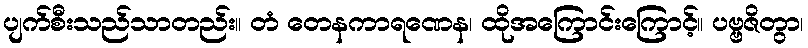
ပျက်စီးသည်သာတည်း။ တံ တေနကာရဏေန၊ ထိုအကြောင်းကြောင့်။ ပဗ္ဗဇိတွာ၊